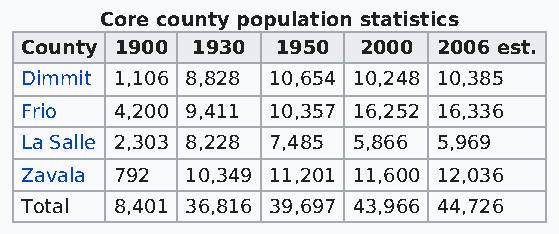
Core county population statistics
 County 1900 1930 1950  2000 2006 est.
 Dimmit 1,106 8,828 10,654 10,248 10,385
 Frio   4,200 9,411 10,357 16,252 16,336
 La Salle 2,303 8,228 7,485 5,866 5,969
 Zavala 792 10,349 11,201 11,600 12,036
 Total  8,401 36,816 39,697 43,966 44,726